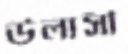
উলাসী